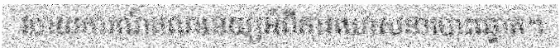
របាយការណ៍គណនេយ្យអំពីការឃោសនាបោះឆ្នោត។